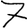
Digit: 7